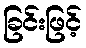
ခြင်းဖြင့်